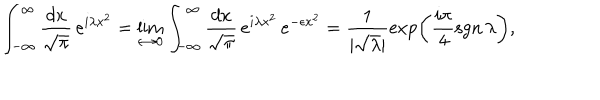
\int _ { - \infty } ^ { \infty } \frac { d x } { \sqrt { \pi } } \, e ^ { i \lambda x ^ { 2 } } = \lim _ { \epsilon \rightarrow 0 } \int _ { - \infty } ^ { \infty } \frac { d x } { \sqrt { \pi } } \, e ^ { i \lambda x ^ { 2 } } \, e ^ { - \epsilon x ^ { 2 } } = \frac { 1 } { | \sqrt { \lambda } | } \exp \left( \frac { i \pi } { 4 } \mathrm { s g n } \, \lambda \right) ,